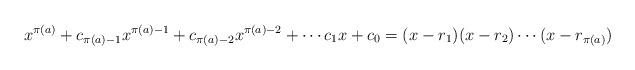
LaTeX: \begin{align*}x^{\pi(a)} + c_{\pi(a) - 1}x^{\pi(a) - 1} + c_{\pi(a) - 2}x^{\pi(a) - 2} + \cdots c_1x + c_0 = (x - r_1)(x - r_2)\cdots(x - r_{\pi(a)})\end{align*}